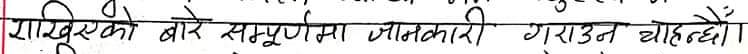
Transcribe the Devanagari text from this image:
रासिएकको बारे सम्पूर्णमा जानकारी गराउन चाहन्छौं।